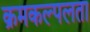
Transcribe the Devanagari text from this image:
क्रमकल्पलता